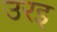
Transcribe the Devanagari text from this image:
उरइ